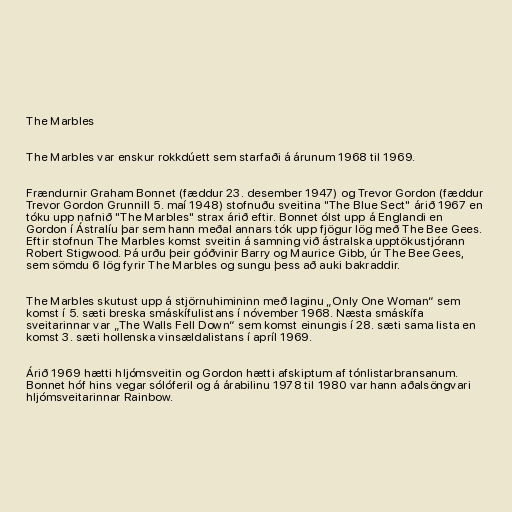
The Marbles

The Marbles var enskur rokkdúett sem starfaði á árunum 1968 til 1969.

Frændurnir Graham Bonnet (fæddur 23. desember 1947) og Trevor Gordon (fæddur
Trevor Gordon Grunnill 5. maí 1948) stofnuðu sveitina "The Blue Sect" árið 1967 en
tóku upp nafnið "The Marbles" strax árið eftir. Bonnet ólst upp á Englandi en
Gordon í Ástralíu þar sem hann meðal annars tók upp fjögur lög með The Bee Gees.
Eftir stofnun The Marbles komst sveitin á samning við ástralska upptökustjórann
Robert Stigwood. Þá urðu þeir góðvinir Barry og Maurice Gibb, úr The Bee Gees,
sem sömdu 6 lög fyrir The Marbles og sungu þess að auki bakraddir.

The Marbles skutust upp á stjörnuhimininn með laginu „Only One Woman“ sem
komst í 5. sæti breska smáskífulistans í nóvember 1968. Næsta smáskífa
sveitarinnar var „The Walls Fell Down“ sem komst einungis í 28. sæti sama lista en
komst 3. sæti hollenska vinsældalistans í apríl 1969.

Árið 1969 hætti hljómsveitin og Gordon hætti afskiptum af tónlistarbransanum.
Bonnet hóf hins vegar sólóferil og á árabilinu 1978 til 1980 var hann aðalsöngvari
hljómsveitarinnar Rainbow.